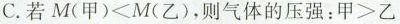
C.若$$M ( 甲 ) < M ( 乙 )$$，则气体的压强：$$甲 > 乙$$